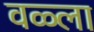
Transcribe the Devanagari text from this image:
वळ्ला